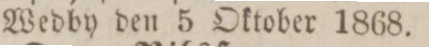
Wedby den 5 Oktober 1868.